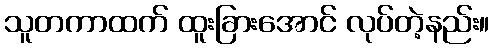
သူတကာထက် ထူးခြားအောင် လုပ်တဲ့နည်း။